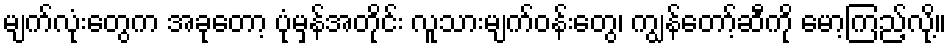
မျက်လုံးတွေက အခုတော့ ပုံမှန်အတိုင်း လူသားမျက်ဝန်းတွေ၊ ကျွန်တော့်ဆီကို မော့ကြည့်လို့။